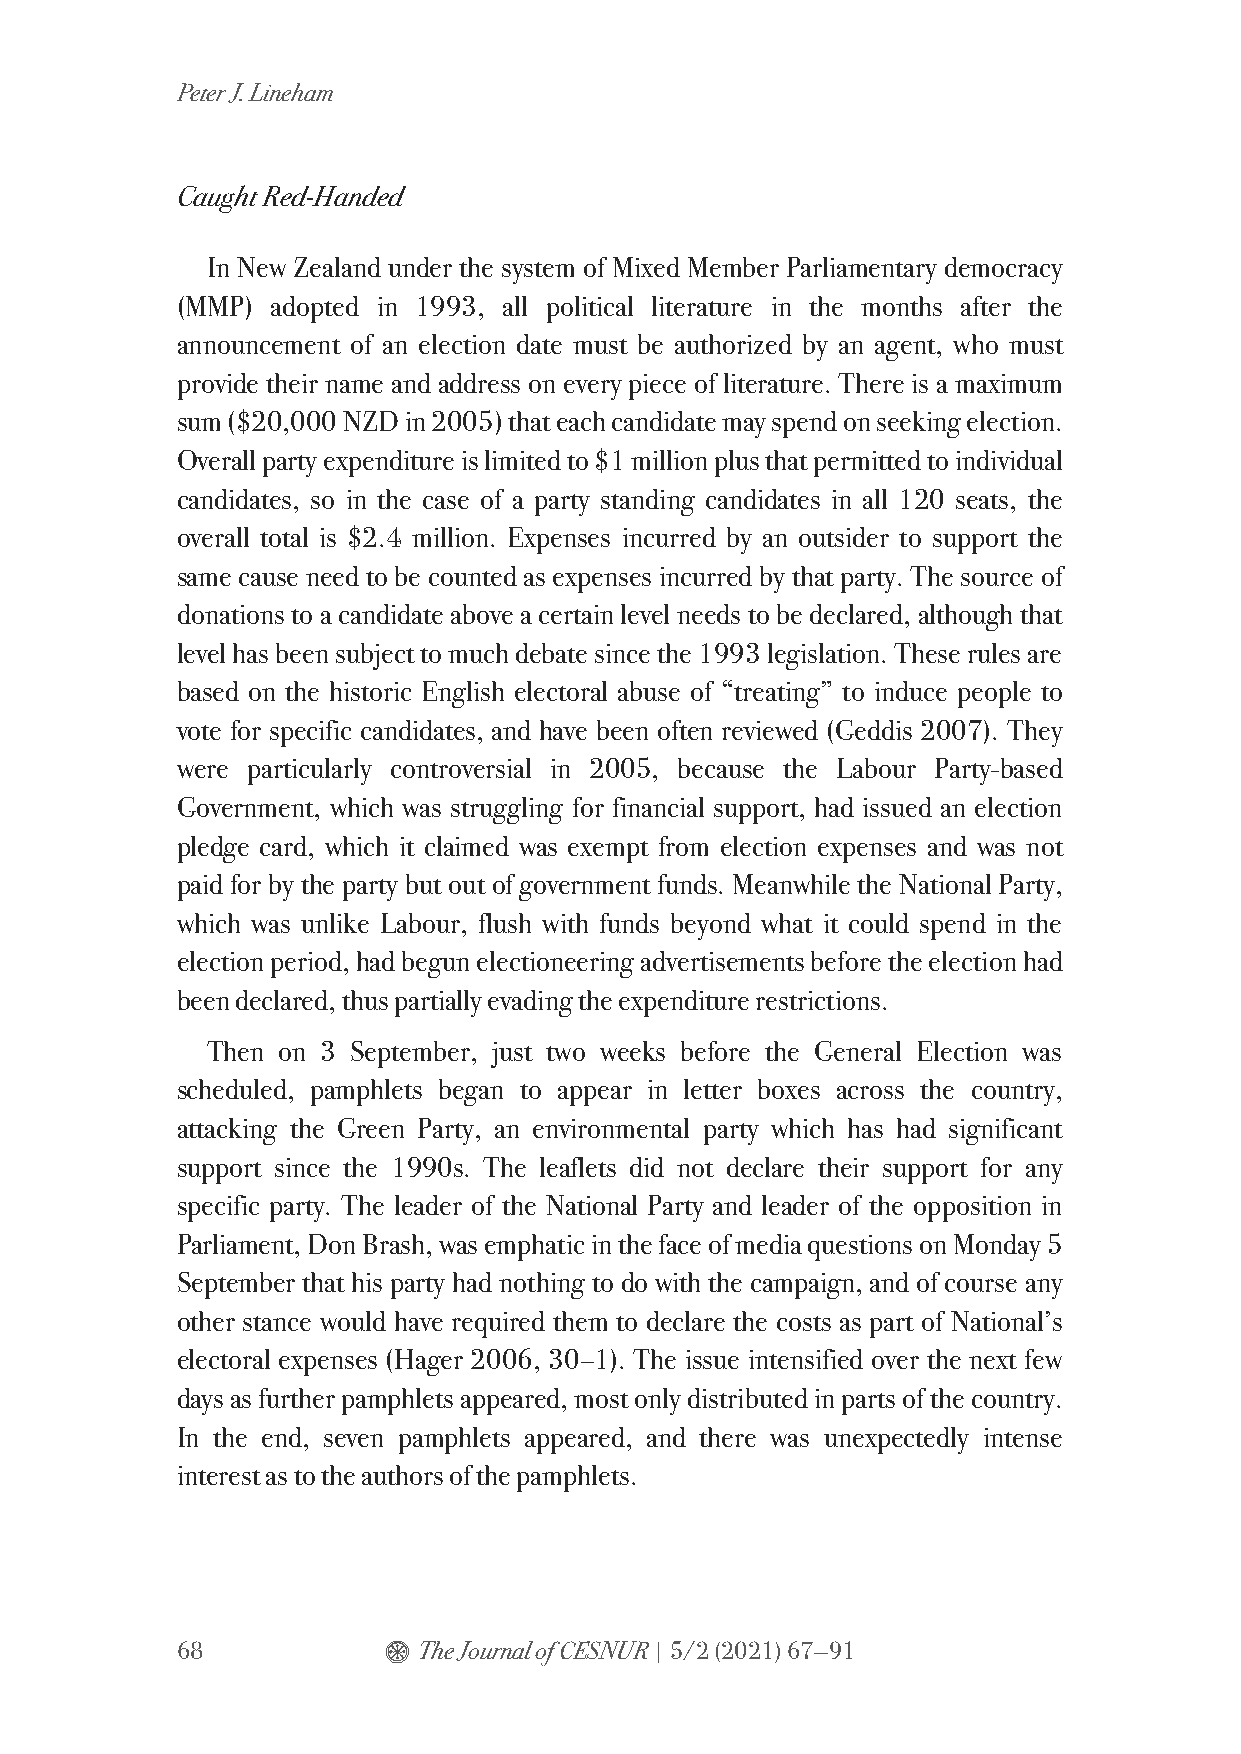
Peter J. Lineham
 Caught Red-Handed
 In New Zealand under the system of Mixed Member Parliamentary democracy
 (MMP) adopted in 1993, all political literature in the months after the
 announcement of an election date must be authorized by an agent, who must
 provide their name and address on every piece of literature. There is a maximum
 sum ($20,000 NZD in 2005) that each candidate may spend on seeking election.
 Overall party expenditure is limited to $1 million plus that permitted to individual
 candidates, so in the case of a party standing candidates in all 120 seats, the
 overall total is $2.4 million. Expenses incurred by an outsider to support the
 same cause need to be counted as expenses incurred by that party. The source of
 donations to a candidate above a certain level needs to be declared, although that
 level has been subject to much debate since the 1993 legislation. These rules are
 based on the historic English electoral abuse of “treating” to induce people to
 vote for specific candidates, and have been often reviewed (Geddis 2007). They
 were particularly controversial in 2005, because the Labour Party-based
 Government, which was struggling for financial support, had issued an election
 pledge card, which it claimed was exempt from election expenses and was not
 paid for by the party but out of government funds. Meanwhile the National Party,
 which was unlike Labour, flush with funds beyond what it could spend in the
 election period, had begun electioneering advertisements before the election had
 been declared, thus partially evading the expenditure restrictions.
 Then on 3 September, just two weeks before the General Election was
 scheduled, pamphlets began to appear in letter boxes across the country,
 attacking the Green Party, an environmental party which has had significant
 support since the 1990s. The leaflets did not declare their support for any
 specific party. The leader of the National Party and leader of the opposition in
 Parliament, Don Brash, was emphatic in the face of media questions on Monday 5
 September that his party had nothing to do with the campaign, and of course any
 other stance would have required them to declare the costs as part of National’s
 electoral expenses (Hager 2006, 30–1). The issue intensified over the next few
 days as further pamphlets appeared, most only distributed in parts of the country.
 In the end, seven pamphlets appeared, and there was unexpectedly intense
 interest as to the authors of the pamphlets.
 68           $  The Journal of CESNUR | 5/2 (2021) 67—91